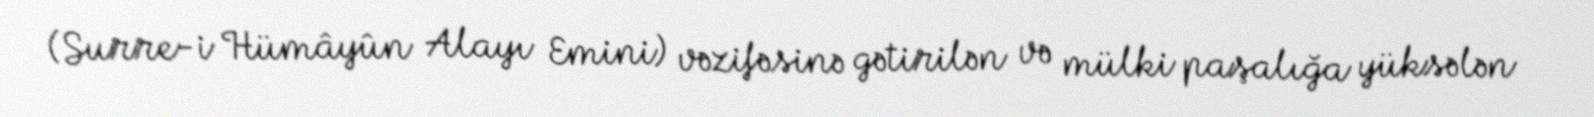
(Surre-i Hümâyûn Alayı Emini) vəzifəsinə gətirilən və mülki paşalığa yüksələn